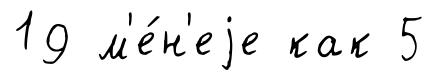
19 м'е́н'еjе как 5